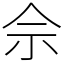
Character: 佘